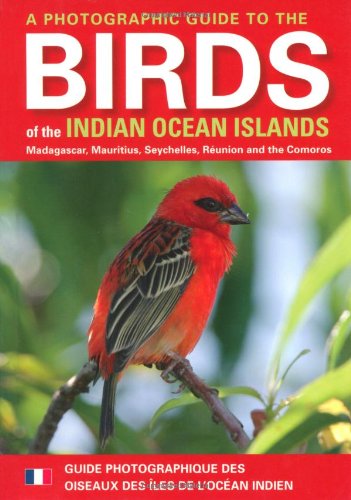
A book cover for A Photographic Guide to the Birds of the Indian Ocean Islands: Madagascar, Mauritius, Seychelles, RÃ©union and the Comoros; Fanja Andriamialisoa; Travel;